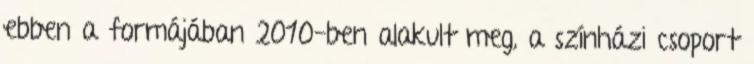
ebben a formájában 2010-ben alakult meg, a színházi csoport